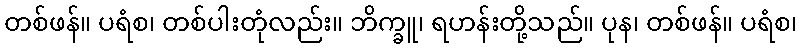
တစ်ဖန်။ ပရံစ၊ တစ်ပါးတုံလည်း။ ဘိက္ခူ၊ ရဟန်းတို့သည်။ ပုန၊ တစ်ဖန်။ ပရံစ၊